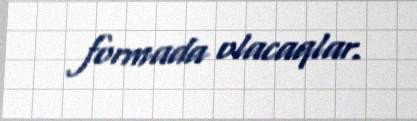
formada olacaqlar.